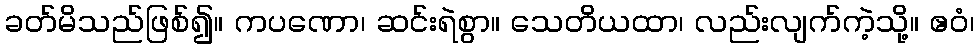
ခတ်မိသည်ဖြစ်၍။ ကပဏော၊ ဆင်းရဲစွာ။ သေတိယထာ၊ လည်းလျက်ကဲ့သို့။ ဧဝံ၊